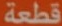
قطعة